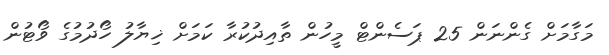
މަގާމަށް ގެންނަން 25 ޕަސެންޓް މީހުން ތާއިދުކުރާ ކަމަށް ޚިޔާލު ހޯދުމުގެ ވޯޓުން